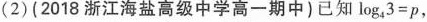
(2)(2018浙江海盐高级中学高一期中)已知$$l o g _ { 4 } 3 = p$$，